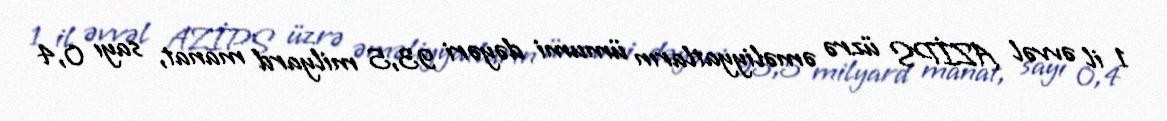
1 il əvvəl AZİPS üzrə əməliyyatların ümumi dəyəri 93,5 milyard manat, sayı 0,4